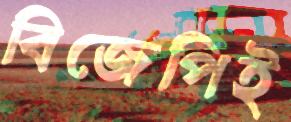
বিজেপিই